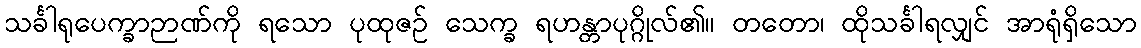
သင်္ခါရုပေက္ခာဉာဏ်ကို ရသော ပုထုဇဉ် သေက္ခ ရဟန္တာပုဂ္ဂိုလ်၏။ တတော၊ ထိုသင်္ခါရလျှင် အာရုံရှိသော